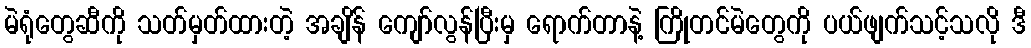
မဲရုံတွေဆီကို သတ်မှတ်ထားတဲ့ အချိန် ကျော်လွန်ပြီးမှ ရောက်တာနဲ့ ကြိုတင်မဲတွေကို ပယ်ဖျက်သင့်သလို ဒီ